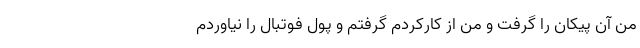
من آن پیکان را گرفت و من از کارکردم گرفتم و پول فوتبال را نیاوردم